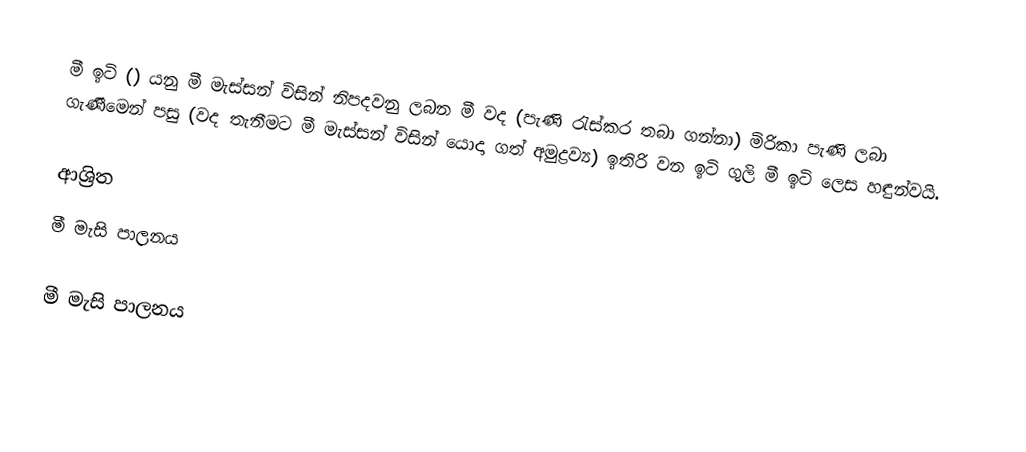
මී ඉටි () යනු මී මැස්සන් විසින් නිපදවනු ලබන මී වද (පැණි රැස්කර තබා ගන්නා) මිරිකා පැණි ලබා ගැණීමෙන් පසු   (වද තැනීමට මී මැස්සන් විසින් යොදා ගත් අමුද්‍රව්‍ය) ඉතිරි වන ඉටි ගුලි මී ඉටි ලෙස හඳුන්වයි.

ආශ්‍රිත
 මී මැසි පාලනය

මී මැසි පාලනය